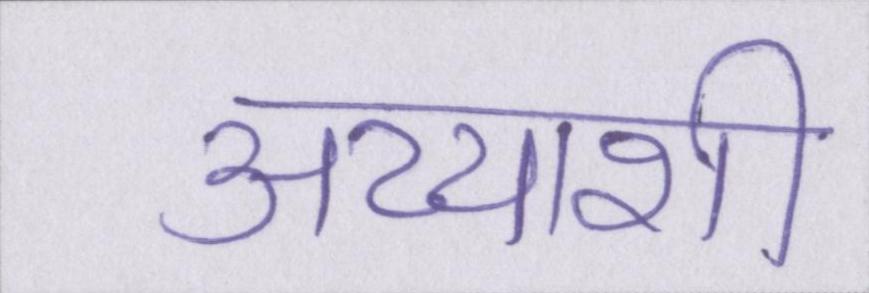
अय्याशी